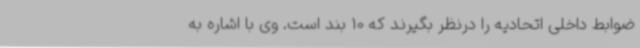
ضوابط داخلی اتحادیه را درنظر بگیرند که 10 بند است. وی با اشاره به